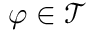
\varphi \in { \mathcal { T } }